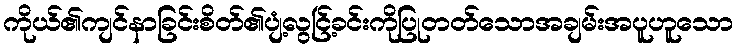
ကိုယ်၏ကျင်နာခြင်းစိတ်၏ပျံ့လွင်ြ့ခင်းကိုပြုတတ်သောအချမ်းအပူဟူသော